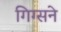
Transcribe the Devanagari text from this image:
गिग्सने